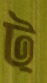
ট্